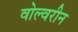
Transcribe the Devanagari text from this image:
वोल्वरीन